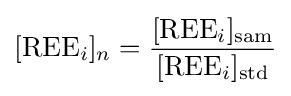
[{\text{REE}}_{i}]_{n}={\frac {[{\text{REE}}_{i}]_{\text{sam}}}{[{\text{REE}}_{i}]_{\text{std}}}}